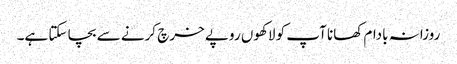
روزانہ بادام کھانا آپ کو لاکھوں روپے خرچ کرنے سے بچا سکتا ہے۔